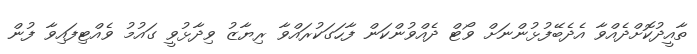
ތާއީދުކޮށްދެއްވާ އެދެބޭފުޅުންނަށް ވޯޓް ދެއްވުންކަން ފާހަގަކުރައްވާ ރިޔާޒު ވިދާޅުވީ ގައުމު ވެއްޓިފައިވާ ފުން